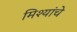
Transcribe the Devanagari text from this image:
मिश्यांचे